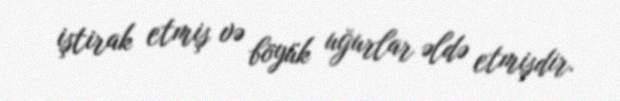
iştirak etmiş və böyük uğurlar əldə etmişdir.